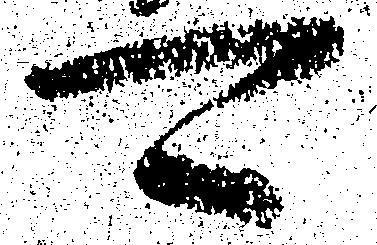
可